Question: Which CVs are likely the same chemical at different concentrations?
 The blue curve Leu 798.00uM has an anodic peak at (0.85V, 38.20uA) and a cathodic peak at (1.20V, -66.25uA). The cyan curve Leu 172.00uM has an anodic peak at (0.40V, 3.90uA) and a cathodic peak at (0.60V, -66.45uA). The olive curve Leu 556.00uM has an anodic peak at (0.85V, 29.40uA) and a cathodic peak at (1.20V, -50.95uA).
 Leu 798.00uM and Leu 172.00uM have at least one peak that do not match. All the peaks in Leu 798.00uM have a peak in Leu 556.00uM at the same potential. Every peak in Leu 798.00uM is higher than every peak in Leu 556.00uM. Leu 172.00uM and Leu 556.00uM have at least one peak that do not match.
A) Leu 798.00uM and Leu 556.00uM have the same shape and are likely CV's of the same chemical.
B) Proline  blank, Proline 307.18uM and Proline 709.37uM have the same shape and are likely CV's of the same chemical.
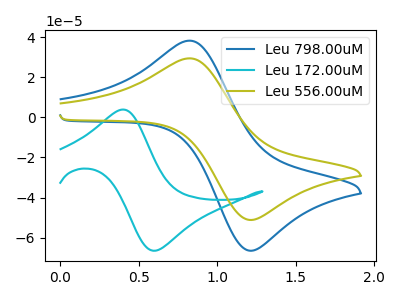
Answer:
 <answer>A) "Leu 798.00uM" and "Leu 556.00uM" have the same shape and are likely CV's of the same chemical.</answer>
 <eval>A</eval>